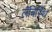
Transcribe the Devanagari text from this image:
लॅबिरिंथ